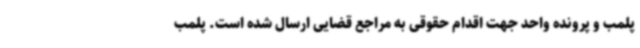
پلمب و پرونده واحد جهت اقدام حقوقی به مراجع قضایی ارسال شده است. پلمب